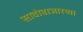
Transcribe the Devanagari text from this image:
सावोबाजारच्या